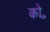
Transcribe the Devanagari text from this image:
को॰